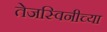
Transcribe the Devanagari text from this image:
तेजस्विनीच्या